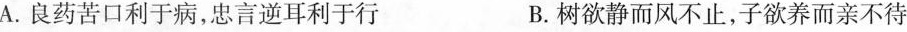
A.良药苦口利于病，忠言逆耳利于行 B.树欲静而风不止，子欲养而亲不待